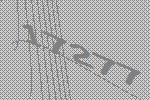
17277